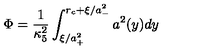
\Phi = \frac { 1 } { \kappa _ { 5 } ^ { 2 } } \int _ { \xi / a _ { + } ^ { 2 } } ^ { r _ { c } + \xi / a _ { - } ^ { 2 } } a ^ { 2 } ( y ) d y